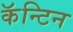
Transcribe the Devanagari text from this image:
कॅन्टिन